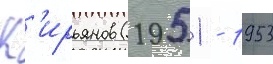
К'ирьянов (1951 - 1953